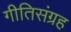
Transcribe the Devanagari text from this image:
गीतिसंग्रह